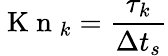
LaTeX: \mathrm{~K~n~}_{k}=\frac{\tau_{k}}{\Delta t_{s}}